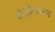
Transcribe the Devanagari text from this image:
सेलिंग्मन